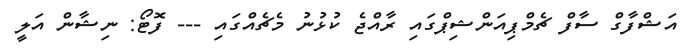
އަޝްފާގް ސާފް ޗެމްޕިއަންޝިޕްގައި ރާއްޖެ ކުޅުނު މެޗެއްގައި --- ފޮޓޯ: ނިޝާން އަލީ